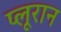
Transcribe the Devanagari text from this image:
प्लूरान